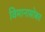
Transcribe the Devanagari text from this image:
विमानासोबत